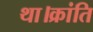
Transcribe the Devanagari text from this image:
था।क्रांति